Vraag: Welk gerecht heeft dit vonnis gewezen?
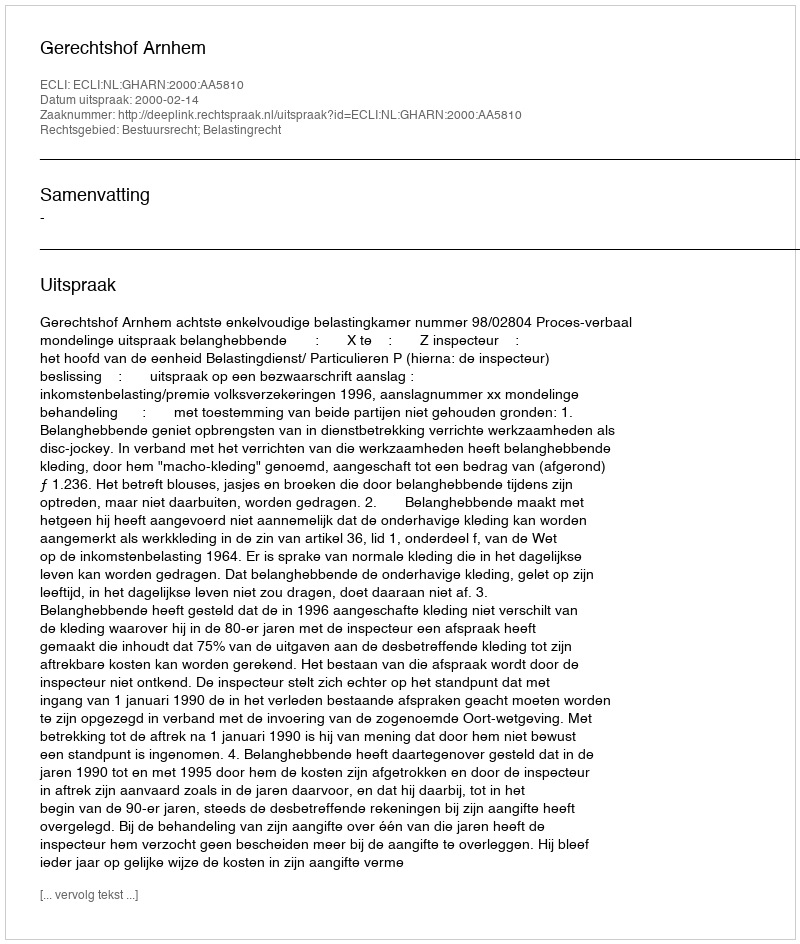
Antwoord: Gerechtshof Arnhem